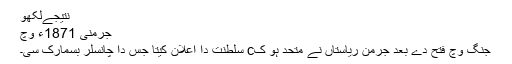
نتیجےلکھو
جرمنی 1871ء وچ
جنگ وچ فتح دے بعد جرمن ریاستاں نے متحد ہو کc سلطنت دا اعلان کیتا جس دا چانسلر بسمارک سی۔